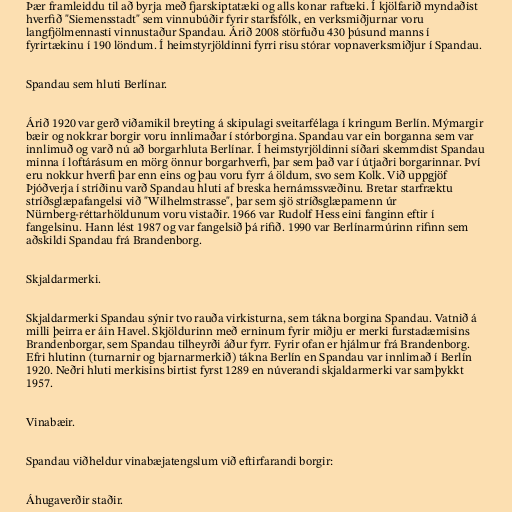
Þær framleiddu til að byrja með fjarskiptatæki og alls konar raftæki. Í kjölfarið myndaðist
hverfið "Siemensstadt" sem vinnubúðir fyrir starfsfólk, en verksmiðjurnar voru
langfjölmennasti vinnustaður Spandau. Árið 2008 störfuðu 430 þúsund manns í
fyrirtækinu í 190 löndum. Í heimstyrjöldinni fyrri risu stórar vopnaverksmiðjur í Spandau.

Spandau sem hluti Berlínar.

Árið 1920 var gerð viðamikil breyting á skipulagi sveitarfélaga í kringum Berlín. Mýmargir
bæir og nokkrar borgir voru innlimaðar í stórborgina. Spandau var ein borganna sem var
innlimuð og varð nú að borgarhluta Berlínar. Í heimstyrjöldinni síðari skemmdist Spandau
minna í loftárásum en mörg önnur borgarhverfi, þar sem það var í útjaðri borgarinnar. Því
eru nokkur hverfi þar enn eins og þau voru fyrr á öldum, svo sem Kolk. Við uppgjöf
Þjóðverja í stríðinu varð Spandau hluti af breska hernámssvæðinu. Bretar starfræktu
stríðsglæpafangelsi við "Wilhelmstrasse", þar sem sjö stríðsglæpamenn úr
Nürnberg-réttarhöldunum voru vistaðir. 1966 var Rudolf Hess eini fanginn eftir í
fangelsinu. Hann lést 1987 og var fangelsið þá rifið. 1990 var Berlínarmúrinn rifinn sem
aðskildi Spandau frá Brandenborg.

Skjaldarmerki.

Skjaldarmerki Spandau sýnir tvo rauða virkisturna, sem tákna borgina Spandau. Vatnið á
milli þeirra er áin Havel. Skjöldurinn með erninum fyrir miðju er merki furstadæmisins
Brandenborgar, sem Spandau tilheyrði áður fyrr. Fyrir ofan er hjálmur frá Brandenborg.
Efri hlutinn (turnarnir og bjarnarmerkið) tákna Berlín en Spandau var innlimað í Berlín
1920. Neðri hluti merkisins birtist fyrst 1289 en núverandi skjaldarmerki var samþykkt
1957.

Vinabæir.

Spandau viðheldur vinabæjatengslum við eftirfarandi borgir:

Áhugaverðir staðir.